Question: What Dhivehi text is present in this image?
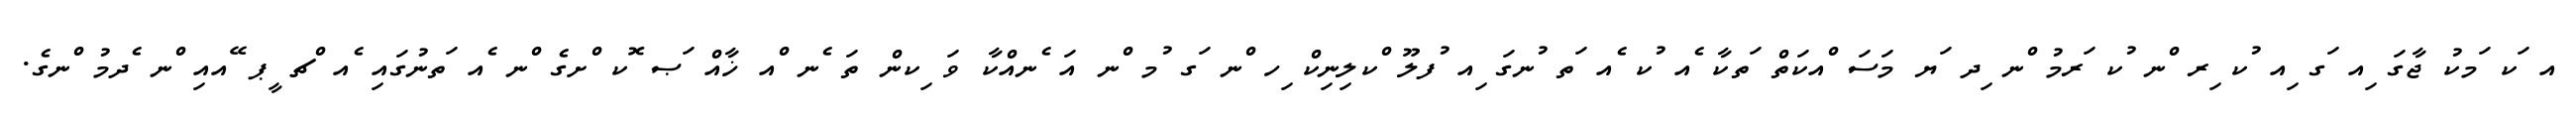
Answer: އ ަކ ަމކު ޖާގަ ިއ ަގ ިއ ުކ ިރ ްނ ުކ ަރމު ްނ ިދ ަޔ މަސަ ްއކަތް ަތކާ ެއ ުކ ެއ ަތ ުނގަ ިއ ުފލޫ ްކލިނިކް ިހ ްނ ަގ ުމ ްނ އަ ެނއްކާ ވަ ިކން ތަ ެނ ްއ ޚާއް ަޞ ޮކ ްށގެ ްނ ެއ ަތނުގައި ެއ ްޗ ީޕ ޭއއި ްނ ެދމު ްނގެ.